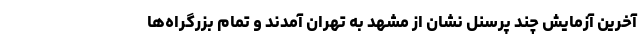
آخرین آزمایش چند پرسنل نشان از مشهد به تهران آمدند و تمام بزرگراه‌ها